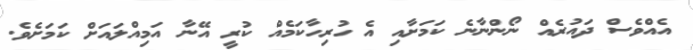
އެއްވެސް ދައުރެއް ނޯންނާނެ ކަމަށާއި އެ ހުރިހާކަމެއް ކުރީ އޭނާ އަމިއްލައަށް ކަމަށެވެ.